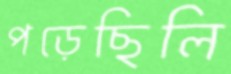
পড়েছিলি